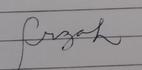
Signature authenticity: forged